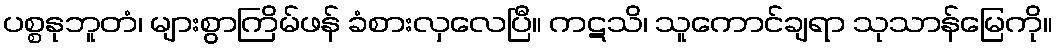
ပစ္စနုဘူတံ၊ များစွာကြိမ်ဖန် ခံစားလှလေပြီ။ ကဋသိ၊ သူကောင်ချရာ သုသာန်မြေကို။